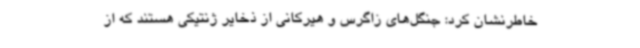
خاطرنشان کرد: جنگل‌های زاگرس و هیرکانی از ذخایر ژنتیکی هستند که از